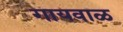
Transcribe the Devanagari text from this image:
गायवाळ